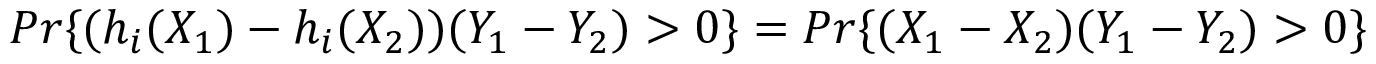
P r \{ ( h _ { i } ( X _ { 1 } ) - h _ { i } ( X _ { 2 } ) ) ( Y _ { 1 } - Y _ { 2 } ) > 0 \} = P r \{ ( X _ { 1 } - X _ { 2 } ) ( Y _ { 1 } - Y _ { 2 } ) > 0 \}